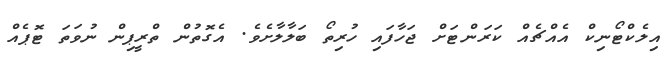
އިލެކްޓޯނިކް އެއްޗެއް ކަރަންޓަށް ޖަހާފައި ހުރިތޯ ބަލާލާށެވެ. އެގޮތުން ތްރީޕިން ނުވަތަ ޓޮޕެއް